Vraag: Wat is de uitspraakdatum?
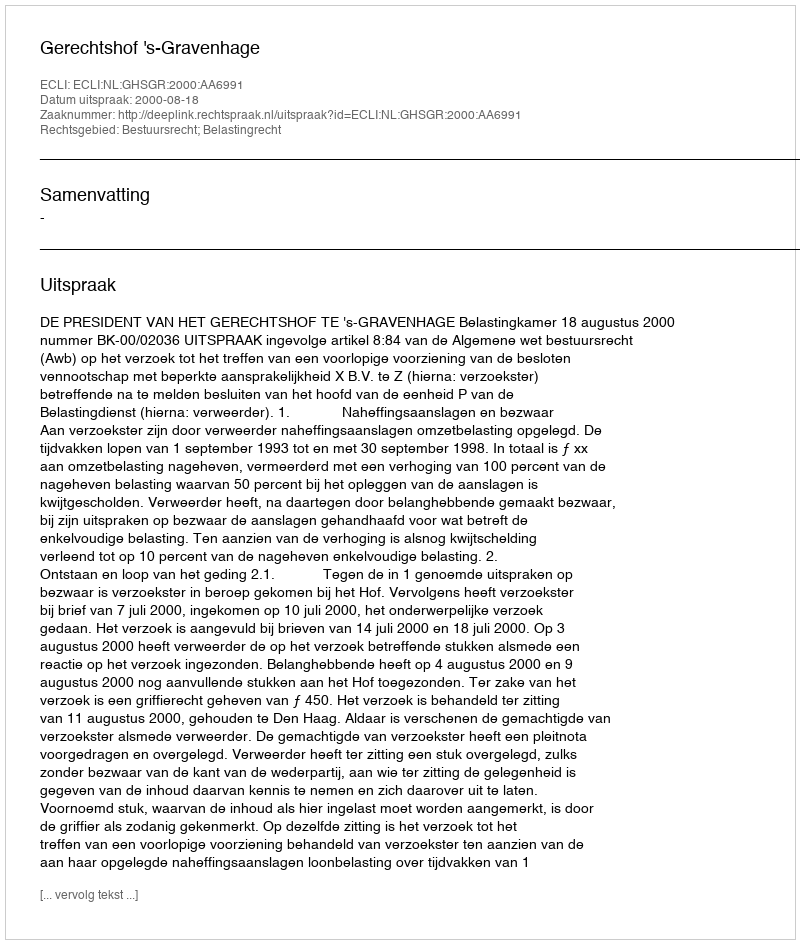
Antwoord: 2000-08-18